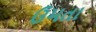
ઉમતા